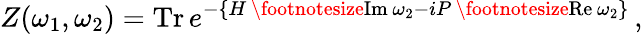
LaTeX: Z(\omega_{1},\omega_{2})=\textrm{Tr}\, e^{-\{ H\, \footnotesize\textrm{Im}\normalsize\, \omega_{2}-iP\, \footnotesize\textrm{Re}\normalsize\, \omega_{2}\} }\, ,